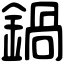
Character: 鍋